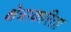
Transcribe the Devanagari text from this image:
क्षेत्राकरिता